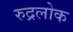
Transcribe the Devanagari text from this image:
रुद्रलोक